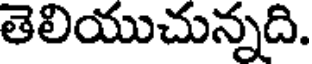
తెలియుచున్నది.